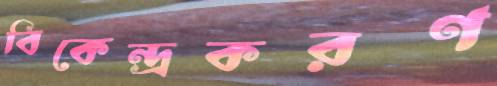
বিকেন্দ্রকরণ